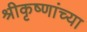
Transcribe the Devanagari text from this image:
श्रीकृष्णांच्या